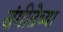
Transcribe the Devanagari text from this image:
संगीतेच्या